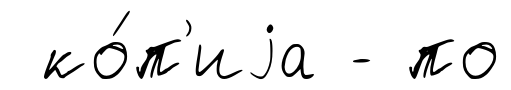
ко́п'иjа - по